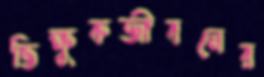
ভিক্ষুকজীবনের